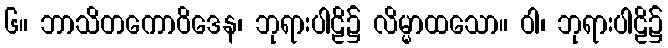
၆။ ဘာသိတကောဝိဒေန၊ ဘုရားပါဠိ၌ လိမ္မာထသော။ ဝါ၊ ဘုရားပါဠိ၌